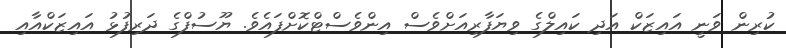
ކުރިން ވަނީ އައިޒަކް އަދި ކައިލްގެ ވިޔަފާރިއަށްވެސް އިންވެސްޓްކޮށްފައެވެ. ޔޫސުފްގެ ދަރިފުޅު އައިޒަކްއާއި